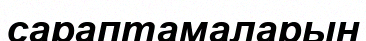
сараптамаларын